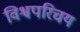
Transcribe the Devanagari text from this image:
विश्वपरिचय